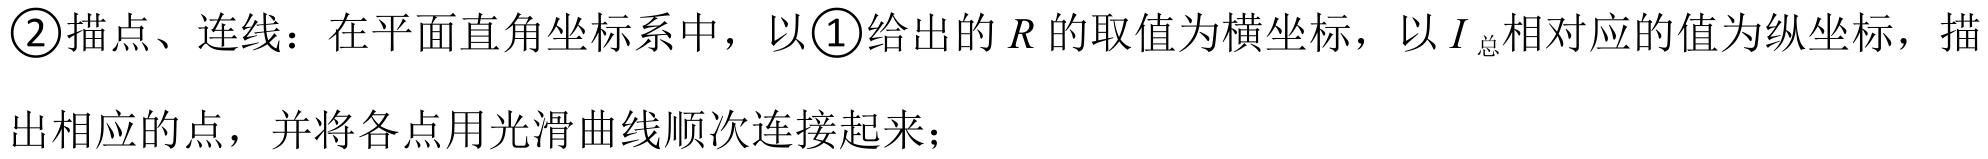
\textcircled{2}描点、连线：在平面直角坐标系中，以\textcircled{1}给出的\(R\)的取值为横坐标，以\(I_{总}\)相对应的值为纵坐标，描出相应的点，并将各点用光滑曲线顺次连接起来；